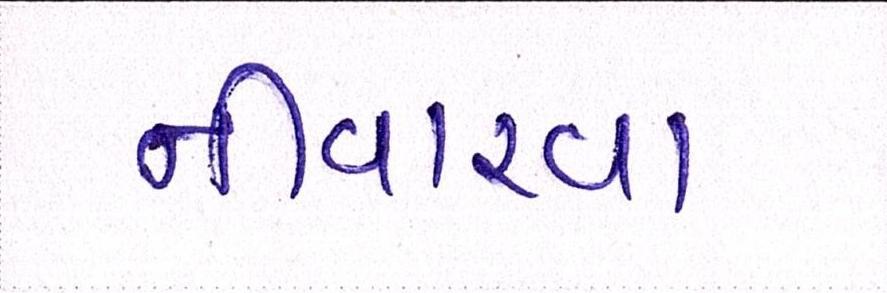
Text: નીવારવા